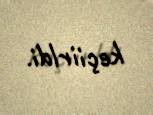
keçiirldi.